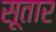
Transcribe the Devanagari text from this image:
सूतार